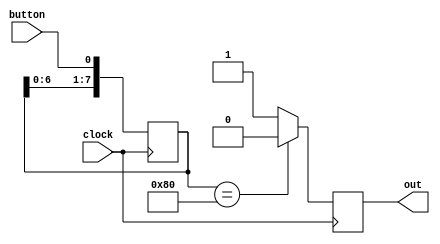
module debouncer (button,clock,out);
	input wire clock, button;
	output reg out;
	
	reg [7:0] shift;
	
	//reg: wait for stable
	always @ (posedge clock) begin
		shift[7:0] <= {shift[6:0],button}; //shift register
		if(shift[7:0] == 8'b10000000)
	  		out <= 1'b0;
		else if(shift[7:0] == 8'b01111111)
	  		out <= 1'b1;
		else out <= 1'b1;
	end
endmodule